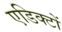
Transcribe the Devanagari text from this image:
एडिक्टों